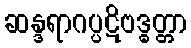
ဆန္ဒရာဂပ္ပဋိဗဒ္ဓတ္တာ